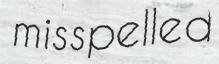
misspelled